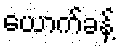
ယောက်ခန့်